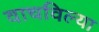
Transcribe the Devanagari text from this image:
वाचविल्या